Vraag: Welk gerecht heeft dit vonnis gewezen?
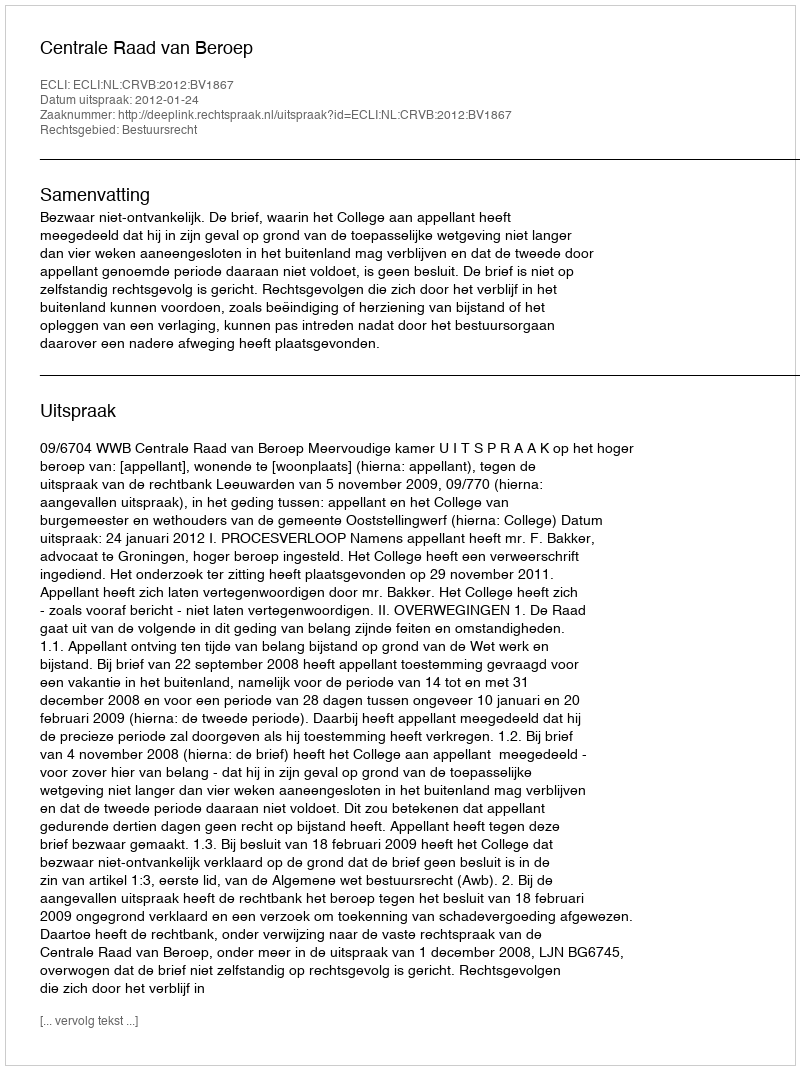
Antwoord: Centrale Raad van Beroep